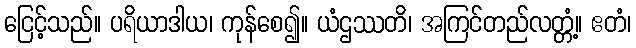
ငြေင့်သည်။ ပရိယာဒါယ၊ ကုန်စေ၍။ ယံဌဿတိ၊ အကြင်တည်လတ္တံ့။ ဧတံ၊